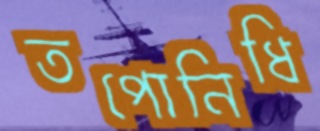
তপোনিধি